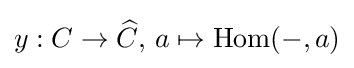
y:C\to {\widehat {C}},\,a\mapsto \operatorname {Hom} (-,a)